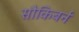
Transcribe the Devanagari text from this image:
सौकिबर्न